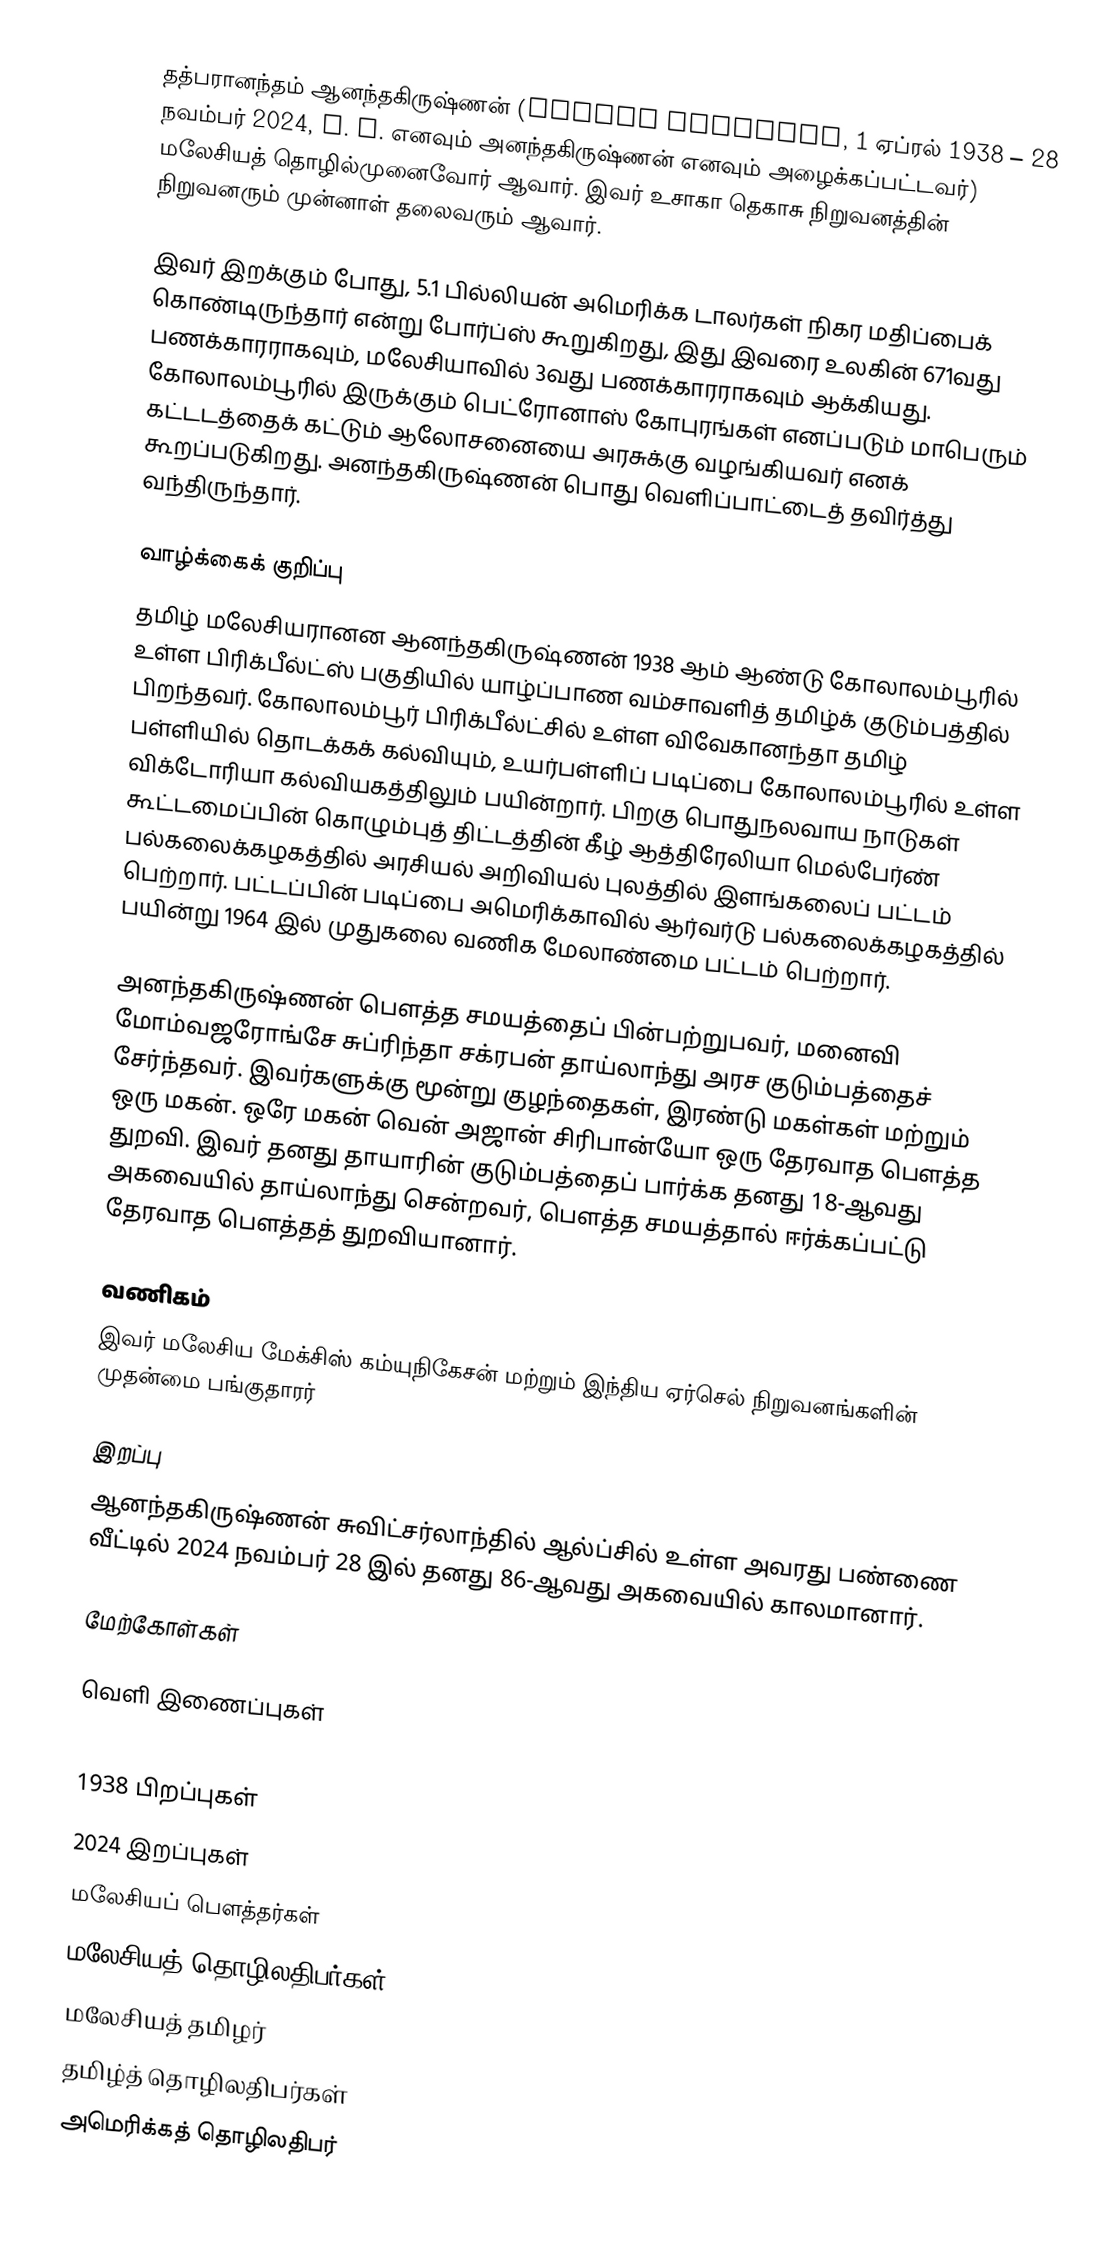
தத்பரானந்தம் ஆனந்தகிருஷ்ணன் (Ananda Krishnan, 1 ஏப்ரல் 1938 – 28 நவம்பர் 2024, A. K. எனவும் அனந்தகிருஷ்ணன் எனவும் அழைக்கப்பட்டவர்) மலேசியத் தொழில்முனைவோர் ஆவார். இவர் உசாகா தெகாசு நிறுவனத்தின் நிறுவனரும் முன்னாள் தலைவரும் ஆவார்.

இவர் இறக்கும் போது, 5.1 பில்லியன் அமெரிக்க டாலர்கள் நிகர மதிப்பைக் கொண்டிருந்தார் என்று போர்ப்ஸ் கூறுகிறது, இது இவரை உலகின் 671வது பணக்காரராகவும், மலேசியாவில் 3வது பணக்காரராகவும் ஆக்கியது. கோலாலம்பூரில் இருக்கும் பெட்ரோனாஸ் கோபுரங்கள் எனப்படும் மாபெரும் கட்டடத்தைக் கட்டும் ஆலோசனையை அரசுக்கு வழங்கியவர் எனக் கூறப்படுகிறது. அனந்தகிருஷ்ணன் பொது வெளிப்பாட்டைத் தவிர்த்து வந்திருந்தார்.

வாழ்க்கைக் குறிப்பு
தமிழ் மலேசியரானன ஆனந்தகிருஷ்ணன் 1938 ஆம் ஆண்டு கோலாலம்பூரில் உள்ள பிரிக்பீல்ட்ஸ் பகுதியில் யாழ்ப்பாண வம்சாவளித் தமிழ்க் குடும்பத்தில் பிறந்தவர். கோலாலம்பூர் பிரிக்பீல்ட்சில் உள்ள விவேகானந்தா தமிழ் பள்ளியில் தொடக்கக் கல்வியும், உயர்பள்ளிப் படிப்பை கோலாலம்பூரில் உள்ள விக்டோரியா கல்வியகத்திலும் பயின்றார். பிறகு பொதுநலவாய நாடுகள் கூட்டமைப்பின் கொழும்புத் திட்டத்தின் கீழ்  ஆத்திரேலியா மெல்பேர்ண் பல்கலைக்கழகத்தில் அரசியல் அறிவியல் புலத்தில் இளங்கலைப் பட்டம் பெற்றார். பட்டப்பின் படிப்பை அமெரிக்காவில் ஆர்வர்டு பல்கலைக்கழகத்தில் பயின்று 1964 இல் முதுகலை வணிக மேலாண்மை பட்டம் பெற்றார்.

அனந்தகிருஷ்ணன் பௌத்த சமயத்தைப் பின்பற்றுபவர், மனைவி மோம்வஜரோங்சே சுப்ரிந்தா சக்ரபன் தாய்லாந்து அரச குடும்பத்தைச் சேர்ந்தவர். இவர்களுக்கு மூன்று குழந்தைகள், இரண்டு மகள்கள் மற்றும் ஒரு மகன். ஒரே மகன் வென் அஜான் சிரிபான்யோ ஒரு தேரவாத பௌத்த துறவி. இவர் தனது தாயாரின் குடும்பத்தைப் பார்க்க தனது 18-ஆவது அகவையில் தாய்லாந்து சென்றவர், பௌத்த சமயத்தால் ஈர்க்கப்பட்டு தேரவாத பௌத்தத் துறவியானார்.

வணிகம்
இவர் மலேசிய மேக்சிஸ் கம்யுநிகேசன் மற்றும் இந்திய ஏர்செல் நிறுவனங்களின் முதன்மை பங்குதாரர்

இறப்பு
ஆனந்தகிருஷ்ணன் சுவிட்சர்லாந்தில் ஆல்ப்சில் உள்ள அவரது பண்ணை வீட்டில் 2024 நவம்பர் 28 இல் தனது 86-ஆவது அகவையில் காலமானார்.

மேற்கோள்கள்

வெளி இணைப்புகள்

1938 பிறப்புகள்
2024 இறப்புகள்
மலேசியப் பௌத்தர்கள்
மலேசியத் தொழிலதிபர்கள்
மலேசியத் தமிழர்
தமிழ்த் தொழிலதிபர்கள்
அமெரிக்கத் தொழிலதிபர்